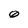
Character: 0